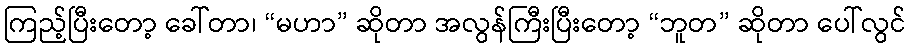
ကြည့်ပြီးတော့ ခေါ်တာ၊ “မဟာ” ဆိုတာ အလွန်ကြီးပြီးတော့ “ဘူတ” ဆိုတာ ပေါ်လွင်